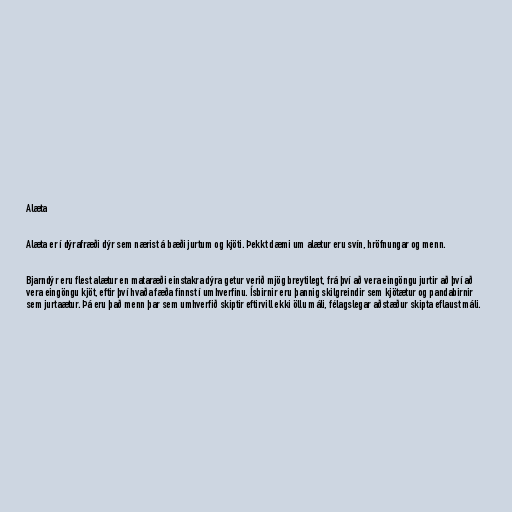
Alæta

Alæta er í dýrafræði dýr sem nærist á bæði jurtum og kjöti. Þekkt dæmi um alætur eru svín, hröfnungar og menn.

Bjarndýr eru flest alætur en mataræði einstakra dýra getur verið mjög breytilegt, frá því að vera eingöngu jurtir að því að
vera eingöngu kjöt, eftir því hvaða fæða finnst í umhverfinu. Ísbirnir eru þannig skilgreindir sem kjötætur og pandabirnir
sem jurtaætur. Þá eru það menn þar sem umhverfið skiptir eftirvill ekki öllu máli, félagslegar aðstæður skipta eflaust máli.